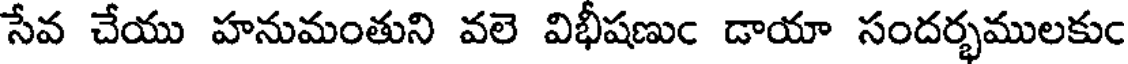
సేవ చేయు హనుమంతుని వలె విభీషణుం డాయా సందర్భములకుం